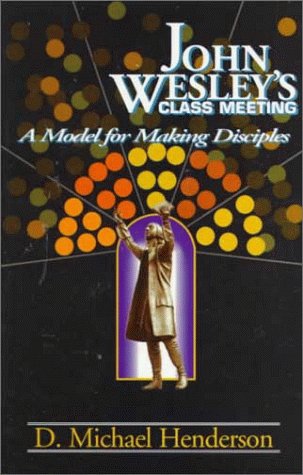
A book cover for John Wesley's Class Meeting; D. Michael Henderson; Christian Books & Bibles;